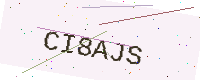
Text: CI8AJS